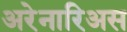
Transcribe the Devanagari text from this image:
अरेनारिअस